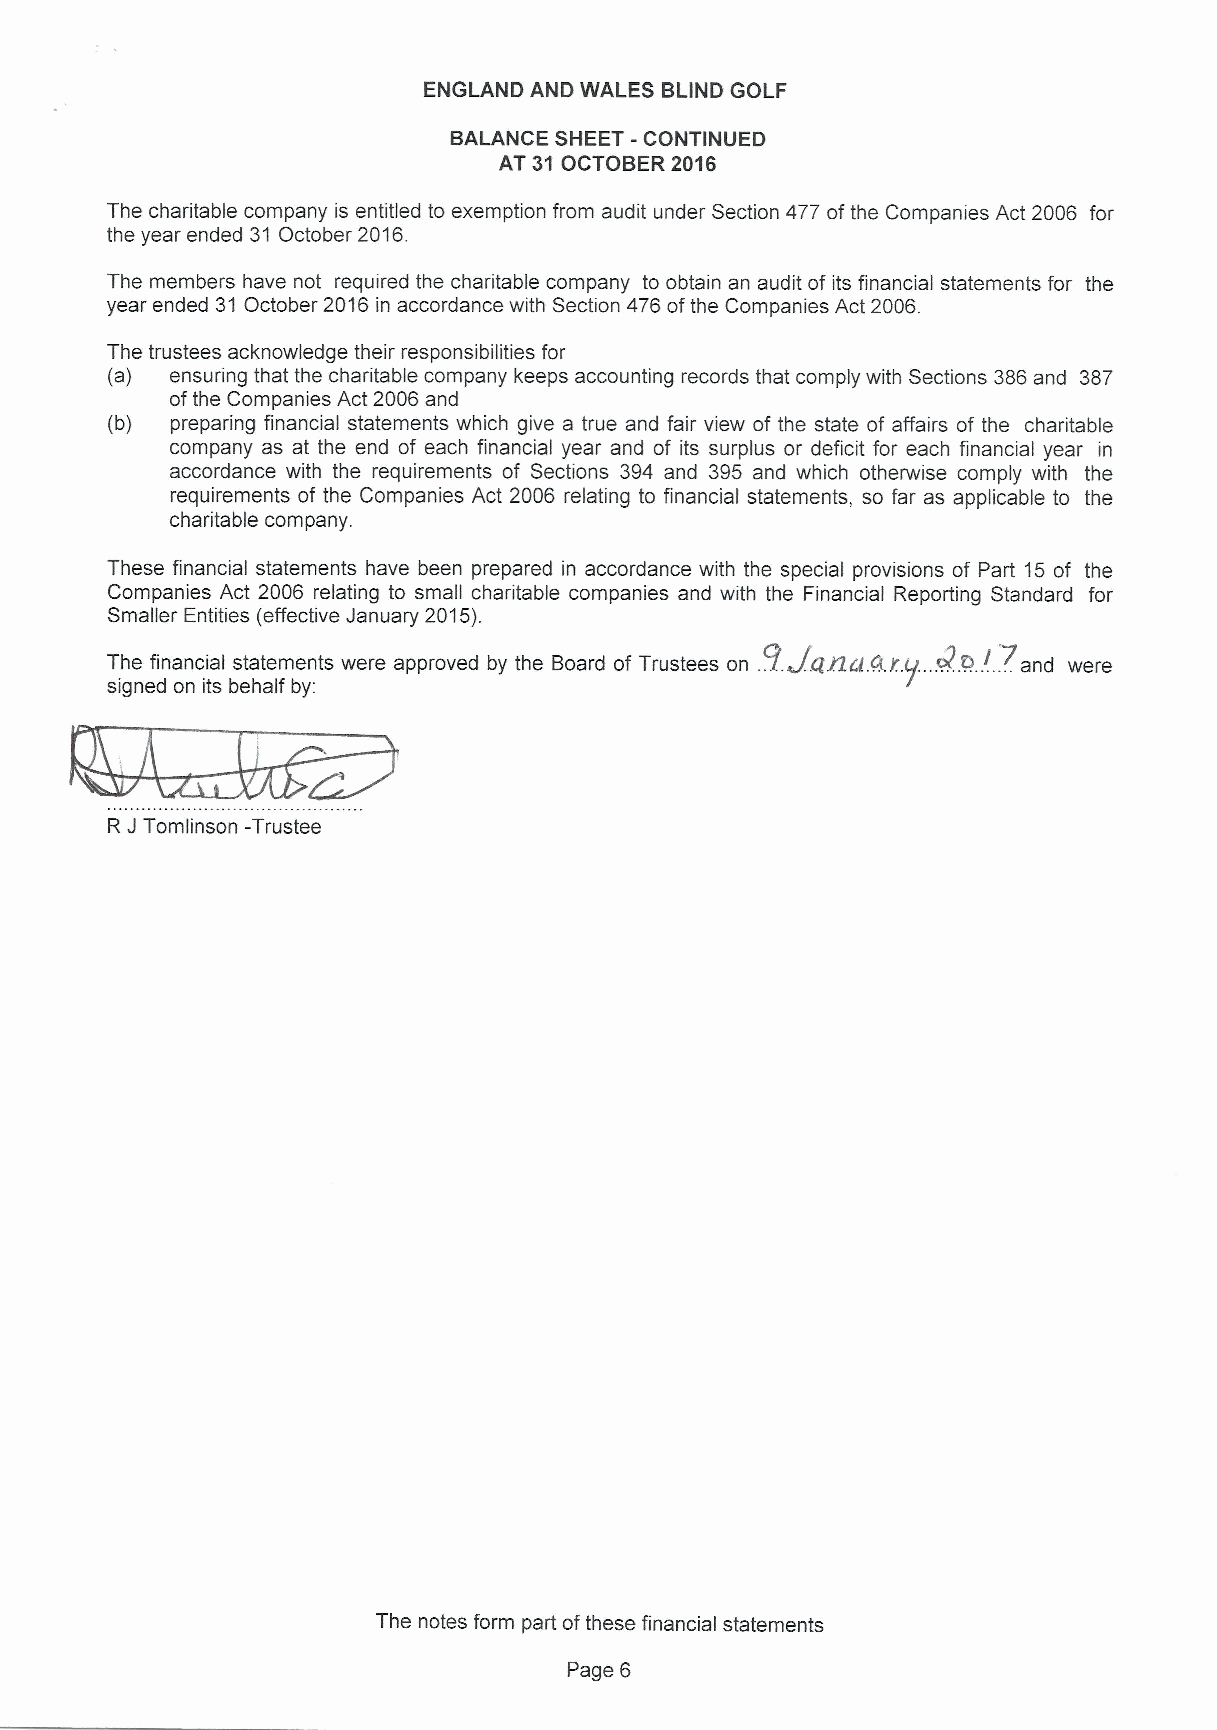
ENGLAND AND WALES BLIND GOLF
 BALANCE SHEET - CONTINUED
 AT 31OCTOBER 2016
 The charitable company is entitled to exemption from audit under Section 477 ofthe Companies Act 2006 for
 the year ended 31 October 2016.
 The members have not required the charitable company to obtain an audit of its financial statements for the
 year ended 31 October 2016 in accordance with Section 476ofthe Companies Act 2006.
 The trustees acknowledge their responsibilities for
 (a) ensuring that the charitable company keeps accounting records that comply with Sections 386and 387
 ofthe Companies Act 2006 and
 (b) preparing financial statements which give a true and fair view of the state of affairs of the charitable
 company as at the end of each financial year and of its surplus or deficit for each financial year in
 accordance with the requirements of Sections 394 and 395 and which otherwise comply with the
 requirements of the Companies Act 2006 relating to financial statements, so far as applicable to the
 charitable company.
 These financial statements have been prepared in accordance with the special provisions of Part 15 of the
 Companies Act 2006 relating to small charitable companies and with the Financial Reporting Standard for
 Smaller Entities (effective January 2015).
 9.         ~.
 The financial statements were approved by the Board of Trustees on . JQ/Eel. kf.. g.... P....Pand were
 signed on its behalf by:
 R JTomlinson -Trustee
 The notes form part ofthese financial statements
 Page 6